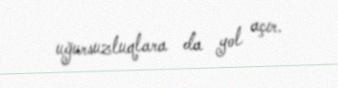
uğursuzluqlara da yol açır.